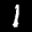
Label: 1